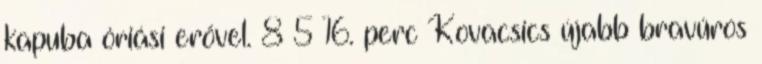
kapuba óriási erővel. 8–5 16. perc Kovacsics újabb bravúros